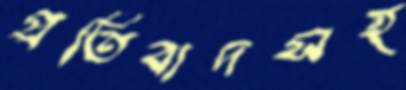
প্রতিবাদসহ